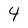
Character: 4